Calcutta medical institutions reports 1879-81 [i.e.91]
Year: 1879
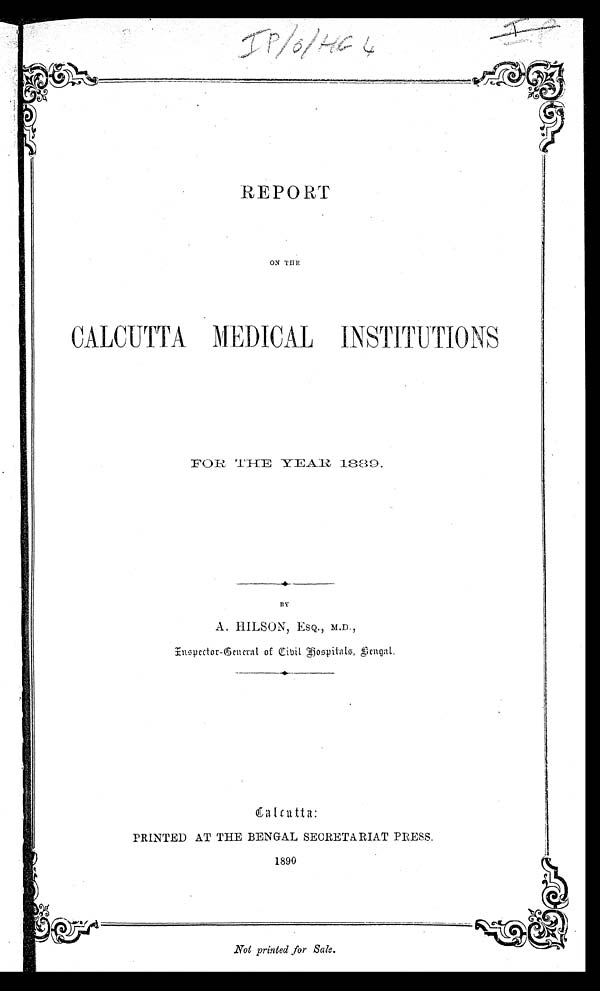
REPORT
ON THE
CALCUTTA MEDICAL INSTITUTIONS
F O R T H E Y E A R
1 8 8 9 .
BY
A. HILSON, ESQ., M.D.,
Insp ector-General of Civil Hospital, Bengal.
Calcutta:
PRINTED AT THE BENGAL SECRETARIAT PRESS.
1890
Not printed for Sale.